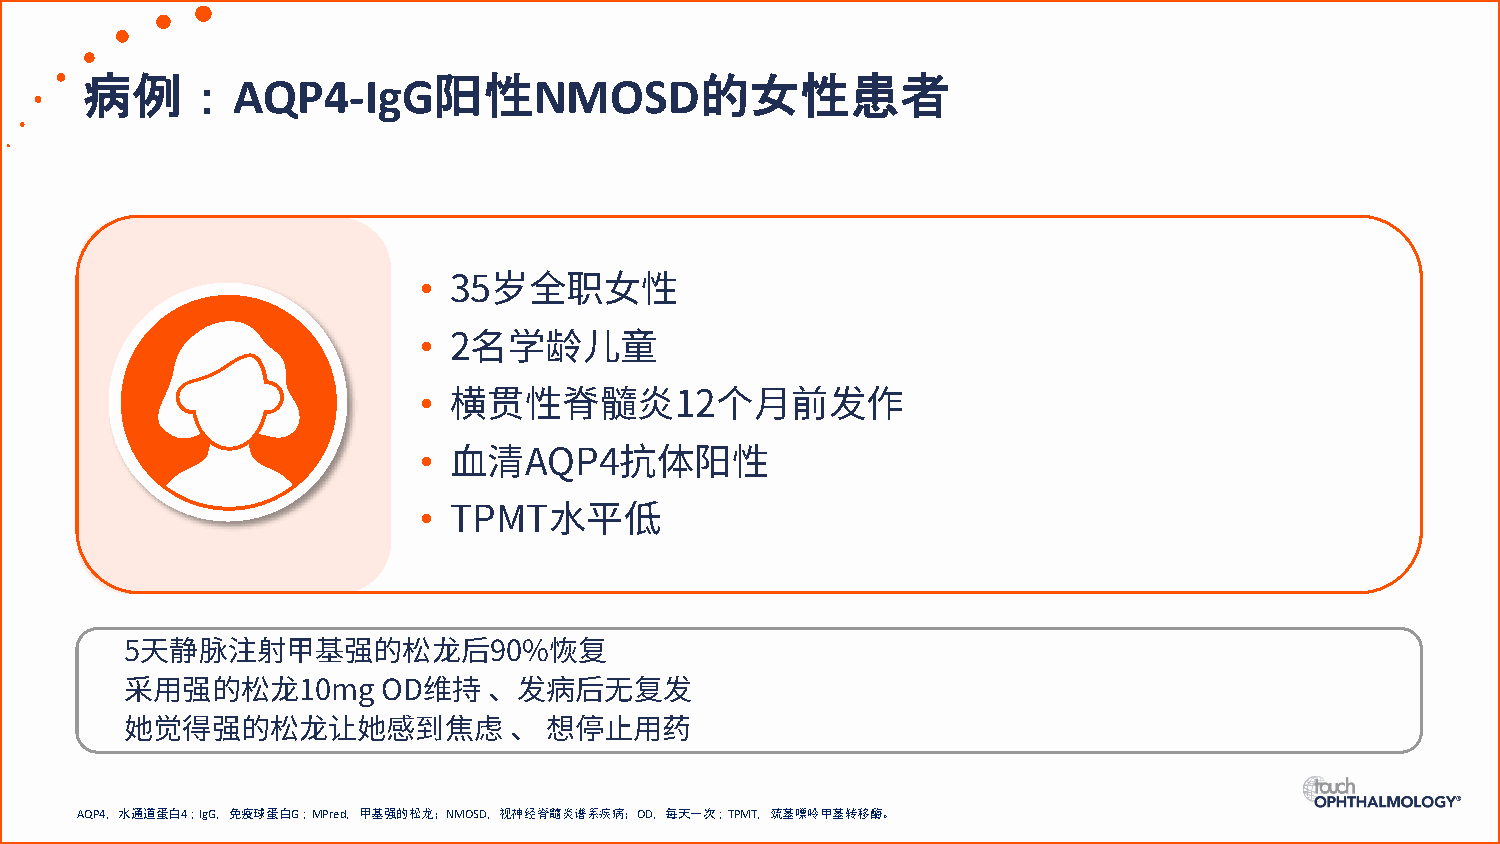
病例：                     阳性               的女性患者
 AQP4-IgG            NMOSD
 •
 35岁全职女性
 •
 2名学龄儿童
 •
 横贯性脊髓炎12个月前发作
 •
 血清AQP4抗体阳性
 •
 TPMT水平低
 •
 5天静脉注射甲基强的松龙后90%恢复
 •
 采用强的松龙10mg       OD维持   、发病后无复发
 •
 她觉得强的松龙让她感到焦虑             、 想停止用药
 AQP4，水通道蛋白4；IgG，免疫球蛋白G；MPred，甲基强的松龙；NMOSD，视神经脊髓炎谱系疾病；OD，每天一次；TPMT，巯基嘌呤甲基转移酶。